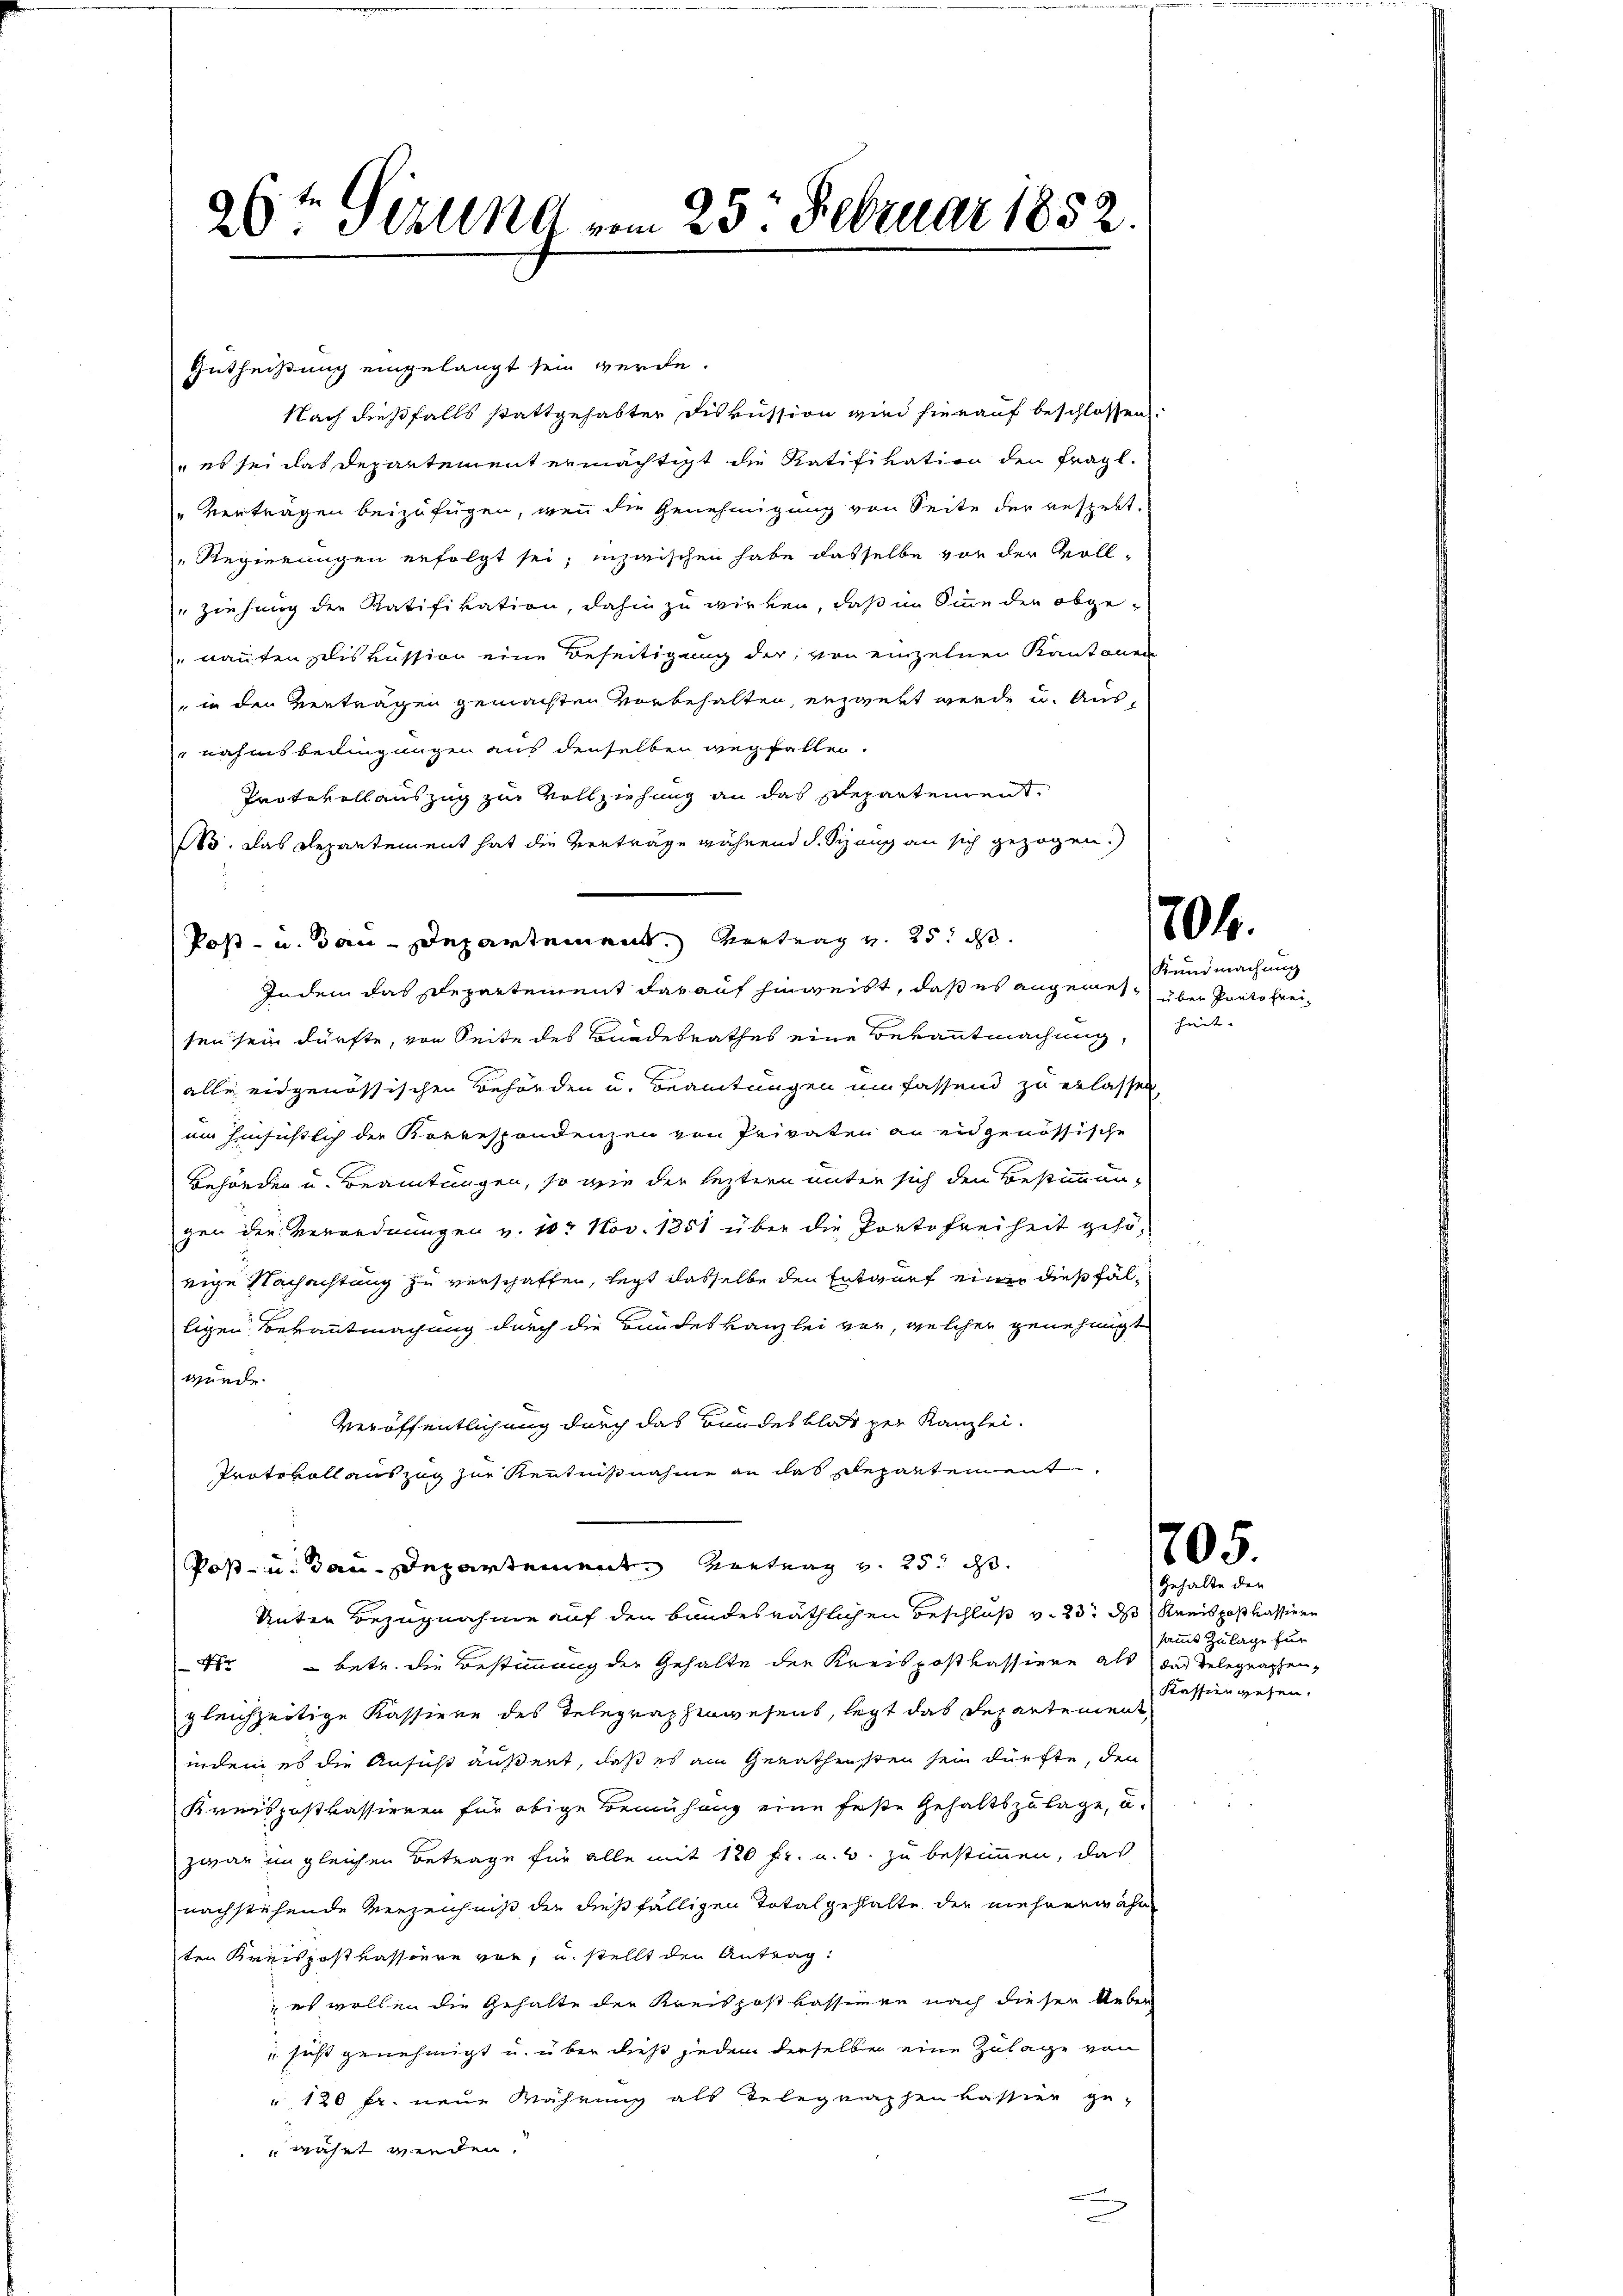
26ten Sirung vom 25. Februar 1852.

Gutheißung eingelangt sein werde.
Nach dießfalls stattgehabter Diskussion wird hierauf beschlossen:
 es sei das Departement ermächtigt die Ratifikation den fragl.
"vertragen beizufügen, wenn die Genehmigung von Seite der respekt.
" Regierungen erfolgt sei; inzwischen habe dasselbe vor der Voll-
Ziehung der Ratifikation, dahin zu wirken, daß im Sinne der abgenauten diskussion eine Beseitigung der von einzelnen Kantonen
in den Verträgen gemachten Vorbehalten, erzwekt werde u. Ausnahmsbedingungen aus denselben wegfallen.
Protokollauszug zur Vollziehung an das separtendento. Das Departement hat die Verträge während d. Schang an sich gezogen.)
Indem das Departement darauf hinweibt, daß es angenes über Porto freisen sein dürfte, von Seite des Bundesrathes eine Bekanntmachung, heit.
alle eidgenössischen Behörden u. Beamtungen umfassend zu erlassen,
um hinsichtlich der Korrespondenzen von Privaten an eidgenössische
Behörden u. Beamtungen, so wie der leztern unter sich den Bestimmungen der Verordnungen v. 10. Nov. 1851 über die Portofreiheit gehörige Nachachtung zu verschaffen, legt dasselbe den Entwurf einer dießfälligen Bekanntmachung durch die Bundeskanzlei vor, welcher genehmigt
wurde.
Veröffentlichung durch das Bundesblatt per Kanzlei.
Protokoll auszug zur Kenntnißnahme an das Repartement.
Post- u. dan Departement. Vertrag v. 25. d.
Unter Bezugnahme auf den bundesräthlichen Beschluß v. 23. ds Kreis postkassiere
4 betr. die Bestimmung der Gehalte der Kreispostkassiere als das Telegraphengleichzeitige Kassiere des Telegraphenwesens, legt das Departement
indem es die Ansucht äußert, daß es am Gerathensten sein dürfte, den
Kreispostkassieren für obige Bemühung eine feste Gehaltszulage, u.
zwar im gleichen Betrage für alle mit 120 fr. u. s. zu bestimmen, daß
nachstehende Verzeichniß der dießfälligen Totalgeshalte der mehrerwähn
ten Kreispostkassiere vor, u. stellt den Antrag:
; es wollen die Gehalte der Kreispostkassiven nach dieser Ueber
" sicht genehmigt u. über dies jedem derselben eine Zulage von
" 120 Fr. neue Währung als Telegraphen kassier ge-
währt werden.
e
u

Post- u. Bau-Departement. Vertrag v. 25. ds.

704.
Kundmachung

705.

Gehalte der
sammt Zulage für
Kassen gesen.